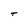
Character: T